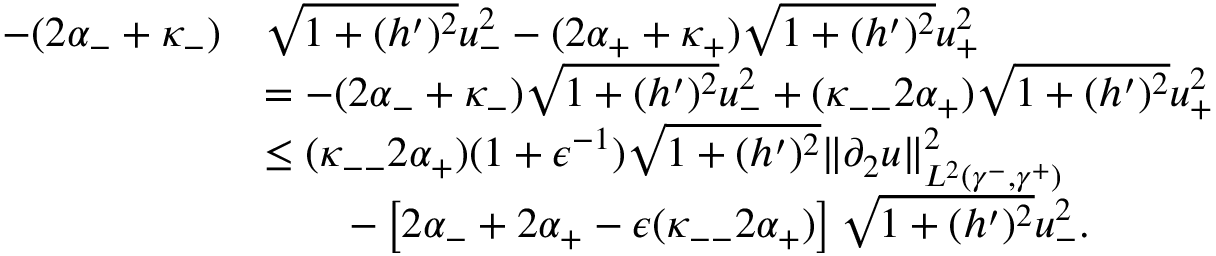
\begin{array} { r l } { - ( 2 \alpha _ { - } + \kappa _ { - } ) } & { \sqrt { 1 + ( h ^ { \prime } ) ^ { 2 } } u _ { - } ^ { 2 } - ( 2 \alpha _ { + } + \kappa _ { + } ) \sqrt { 1 + ( h ^ { \prime } ) ^ { 2 } } u _ { + } ^ { 2 } } \\ & { = - ( 2 \alpha _ { - } + \kappa _ { - } ) \sqrt { 1 + ( h ^ { \prime } ) ^ { 2 } } u _ { - } ^ { 2 } + ( \kappa _ { -- } 2 \alpha _ { + } ) \sqrt { 1 + ( h ^ { \prime } ) ^ { 2 } } u _ { + } ^ { 2 } } \\ & { \leq ( \kappa _ { -- } 2 \alpha _ { + } ) ( 1 + \epsilon ^ { - 1 } ) \sqrt { 1 + ( h ^ { \prime } ) ^ { 2 } } \| \partial _ { 2 } u \| _ { L ^ { 2 } ( \gamma ^ { - } , \gamma ^ { + } ) } ^ { 2 } } \\ & { \qquad - \left[ 2 \alpha _ { - } + 2 \alpha _ { + } - \epsilon ( \kappa _ { -- } 2 \alpha _ { + } ) \right] \sqrt { 1 + ( h ^ { \prime } ) ^ { 2 } } u _ { - } ^ { 2 } . } \end{array}